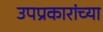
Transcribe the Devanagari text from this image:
उपप्रकारांच्या